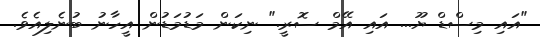
"އައި މިސްޑް ޔޫ... އައި އޭމް ސޮރީ." ނިކަން މަޑުމަޑުން އީހާނު ބުނެލިއެވެ.